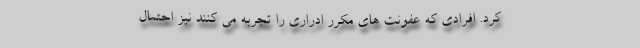
کرد. افرادی که عفونت های مکرر ادراری را تجربه می کنند نیز احتمال